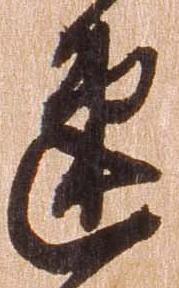
速